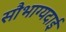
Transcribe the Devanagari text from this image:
सौभाग्यदाई